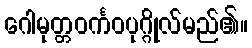
ဂေါမုတ္တဝင်္ကဝပုဂ္ဂိုလ်မည်၏။